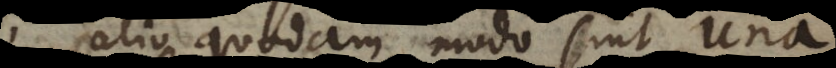
alio quodam modo sint una